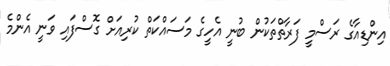
އިންޑިއާގެ ރަސްމީ ފަރާތްތަކުން ބުނީ އެހީގެ މަސައްކަތް ކުރިއަށް ގޮސްފައި ވަނީ އެންމެ